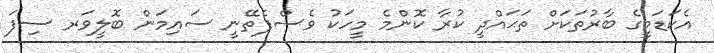
އެކަޑަމީގެ ބާރުތަކަށް ތަޙައްދީ ކުރާ ކޮންމެ މީހަކު ވެސްފެތޭނީ ސައިމަން ބޮލީވަރ ސިފަ